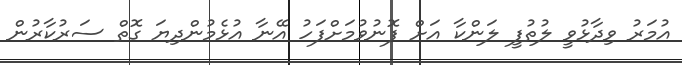
އުމަރު ވިދާޅުވީ ލުތުފީ ލަންކާ އަށް ފޮނުވުމަށްފަހު އޭނާ އުޅެމުންދިޔަ ގޮތް ސަރުކާރުން